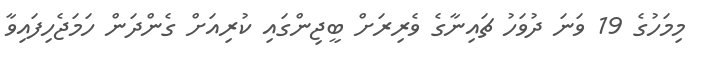
މިމަހުގެ 19 ވަނަ ދުވަހު ޗައިނާގެ ވެރިރަށް ބީޖިންގައި ކުރިއަށް ގެންދަން ހަމަޖެހިފައިވާ